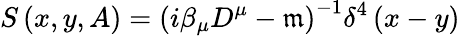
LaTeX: S\left(x,y,A\right)=\left(i\beta_{\mu}D^{\mu}-\mathfrak{m}\right)^{-1}\delta^{4}\left(x-y\right)